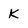
Character: K